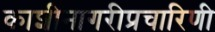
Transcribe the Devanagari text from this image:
काशीनागरीप्रचारिणी